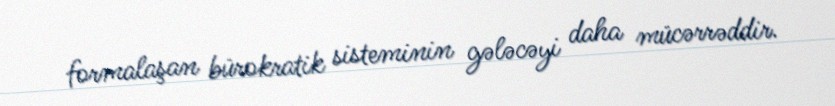
formalaşan bürokratik sisteminin gələcəyi daha mücərrəddir.